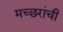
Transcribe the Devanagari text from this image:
मच्छरांची